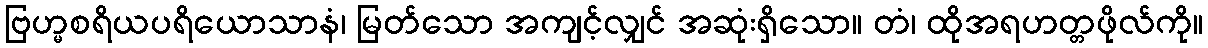
ဗြဟ္မစရိယပရိယောသာနံ၊ မြတ်သော အကျင့်လျှင် အဆုံးရှိသော။ တံ၊ ထိုအရဟတ္တဖိုလ်ကို။